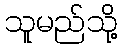
သူမည်သို့